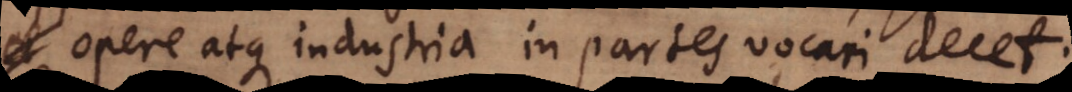
opere atque industria in partes vocari decet.